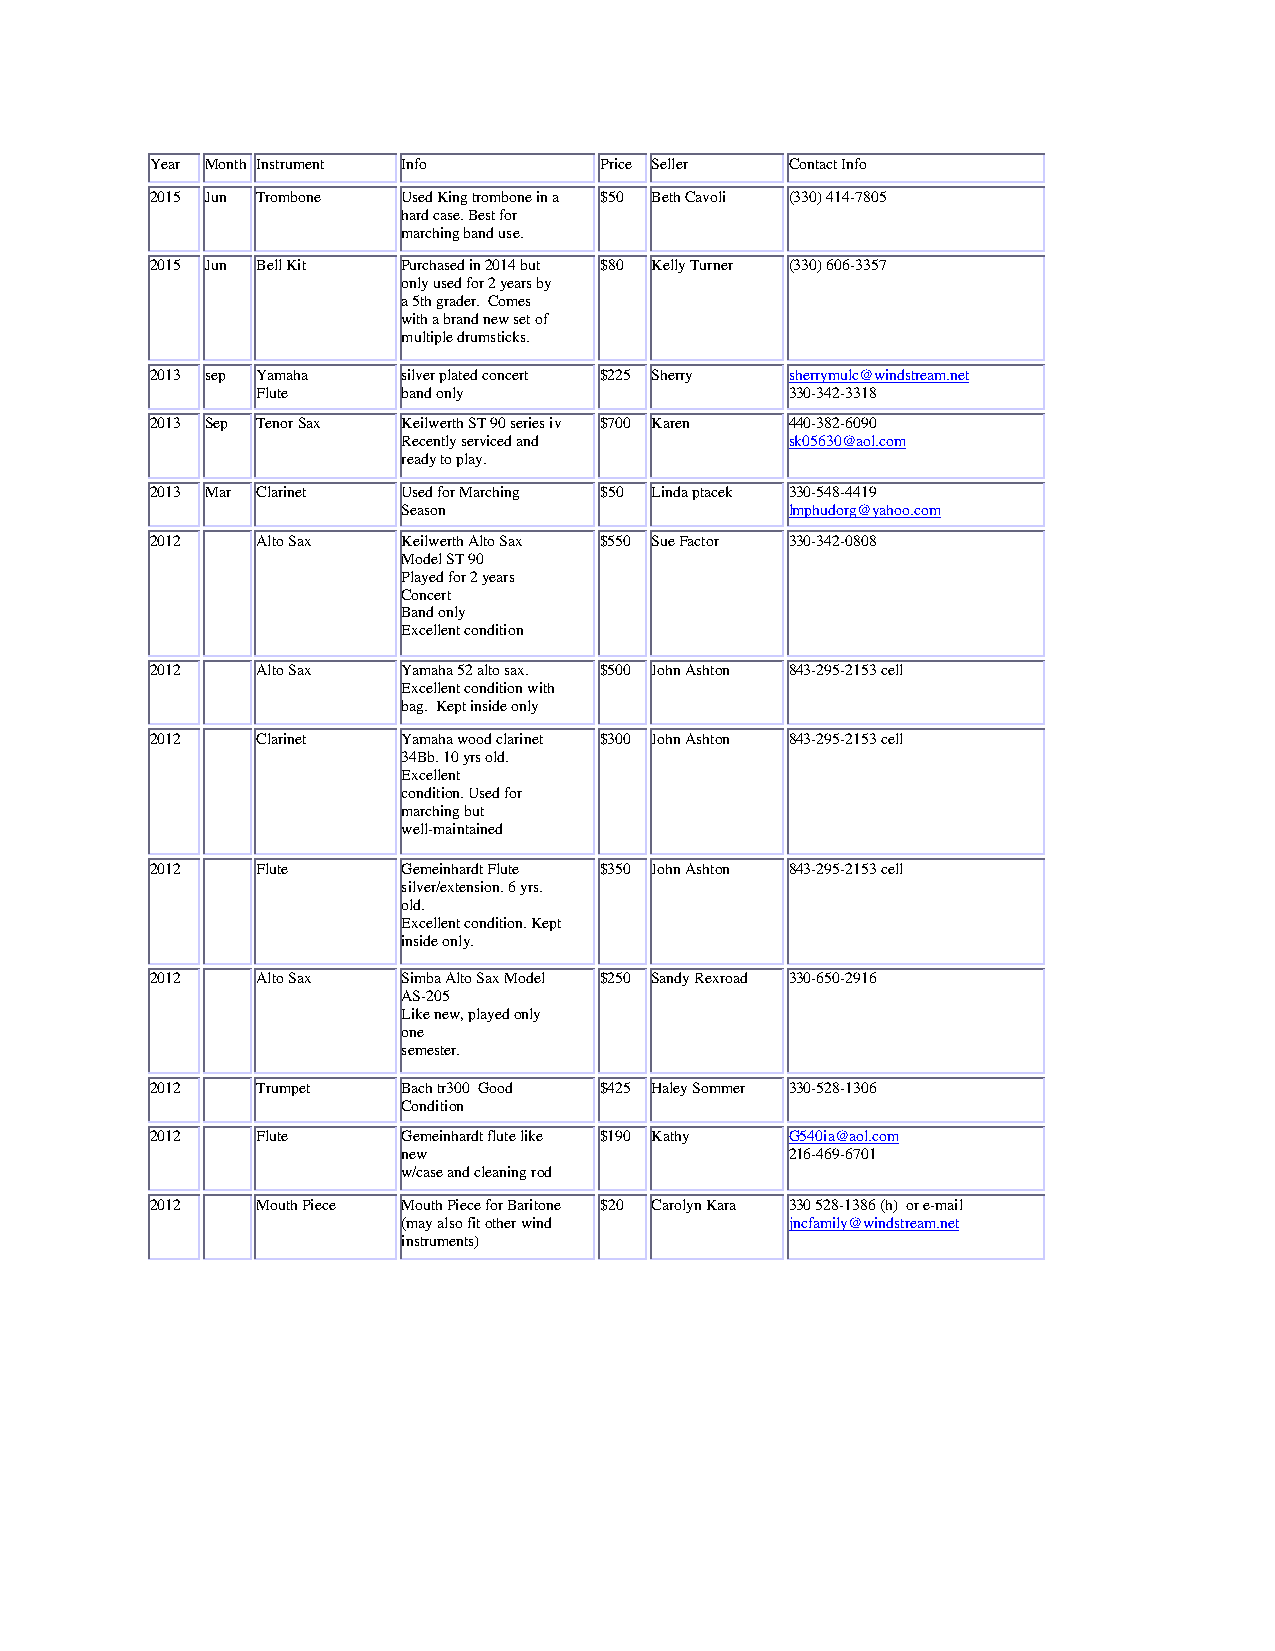
Year Month Instrument Info    Price Seller Contact Info
 2015 Jun Trombone Used King trombone in a $50 Beth Cavoli (330) 414-7805
 hard case. Best for
 marching band use.
 2015 Jun Bell Kit Purchased in 2014 but $80 Kelly Turner (330) 606-3357
 only used for 2 years by
 a 5th grader. Comes
 with a brand new set of
 multiple drumsticks.
 2013 sep Yamaha  silver plated concert $225 Sherry sherrymulc@windstream.net
 Flute     band only                330-342-3318
 2013 Sep Tenor Sax Keilwerth ST 90 series iv $700 Karen 440-382-6090
 Recently serviced and    sk05630@aol.com
 ready to play.
 2013 Mar Clarinet Used for Marching $50 Linda ptacek 330-548-4419
 Season                   lmphudorg@yahoo.com
 2012   Alto Sax  Keilwerth Alto Sax $550 Sue Factor 330-342-0808
 Model ST 90
 Played for 2 years
 Concert
 Band only
 Excellent condition
 2012   Alto Sax  Yamaha 52 alto sax. $500 John Ashton 843-295-2153 cell
 Excellent condition with
 bag. Kept inside only
 2012   Clarinet  Yamaha wood clarinet $300 John Ashton 843-295-2153 cell
 34Bb. 10 yrs old.
 Excellent
 condition. Used for
 marching but
 well-maintained
 2012   Flute     Gemeinhardt Flute $350 John Ashton 843-295-2153 cell
 silver/extension. 6 yrs.
 old.
 Excellent condition. Kept
 inside only.
 2012   Alto Sax  Simba Alto Sax Model $250 Sandy Rexroad 330-650-2916
 AS-205
 Like new, played only
 one
 semester.
 2012   Trumpet   Bach tr300 Good $425 Haley Sommer 330-528-1306
 Condition
 2012   Flute     Gemeinhardt flute like $190 Kathy G540ia@aol.com
 new                      216-469-6701
 w/case and cleaning rod
 2012   Mouth Piece Mouth Piece for Baritone $20 Carolyn Kara 330 528-1386 (h) or e-mail
 (may also fit other wind jncfamily@windstream.net
 instruments)